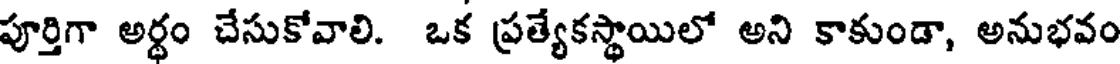
పూర్తిగా అర్థం చేసుకోవాలి. ఒక ప్రత్యేకస్థాయిలో అని కాకుండా, అనుభవం